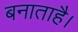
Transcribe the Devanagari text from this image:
बनाताहै।